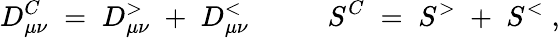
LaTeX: D_{\mu\nu}^{C}\; =\; D_{\mu\nu}^{>}\; +\; D_{\mu\nu}^{<}\; \; \; \; \; \; \; \; \; \; S^{C}\; =\; S^{>}\; +\; S^{<}\; ,